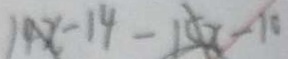
1 4 x - 1 4 - 1 5 x - 1 0